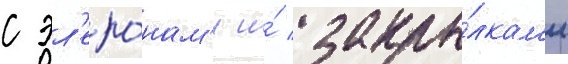
с эл'еро́нам'и и́ закры́лкам'и